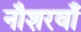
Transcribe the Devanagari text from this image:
नौशरवाँ